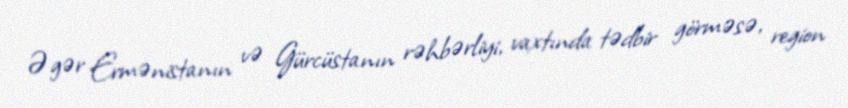
Əgər Ermənistanın və Gürcüstanın rəhbərliyi, vaxtında tədbir görməsə, region